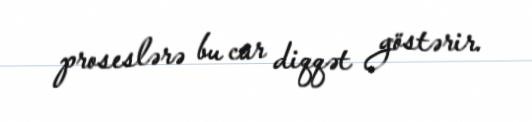
proseslərə bu cür diqqət göstərir.